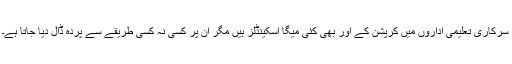
سرکاری تعلیمی اداروں میں کرپشن کے اور بھی کئی میگا اسکینڈلز ہیں مگر ان پر کسی نہ کسی طریقے سے پردہ ڈال دیا جاتا ہے۔